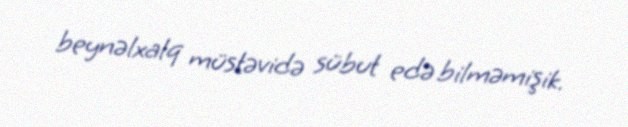
beynəlxalq müstəvidə sübut edə bilməmişik.